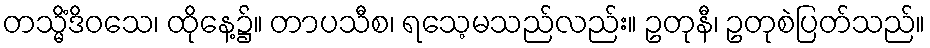
တသ္မိံဒိဝသေ၊ ထိုနေ့၌။ တာပသီစ၊ ရသေ့မသည်လည်း။ ဥတုနီ၊ ဥတုစဲပြတ်သည်။